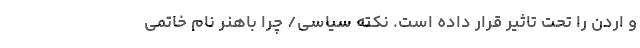
و اردن را تحت تاثیر قرار داده است. نکته سیاسی/ چرا باهنر نام خاتمی